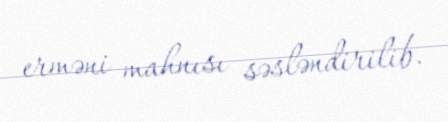
erməni mahnısı səsləndirilib.